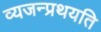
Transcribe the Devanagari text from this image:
व्यजन्प्रथयति